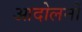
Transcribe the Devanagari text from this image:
आदोलनों